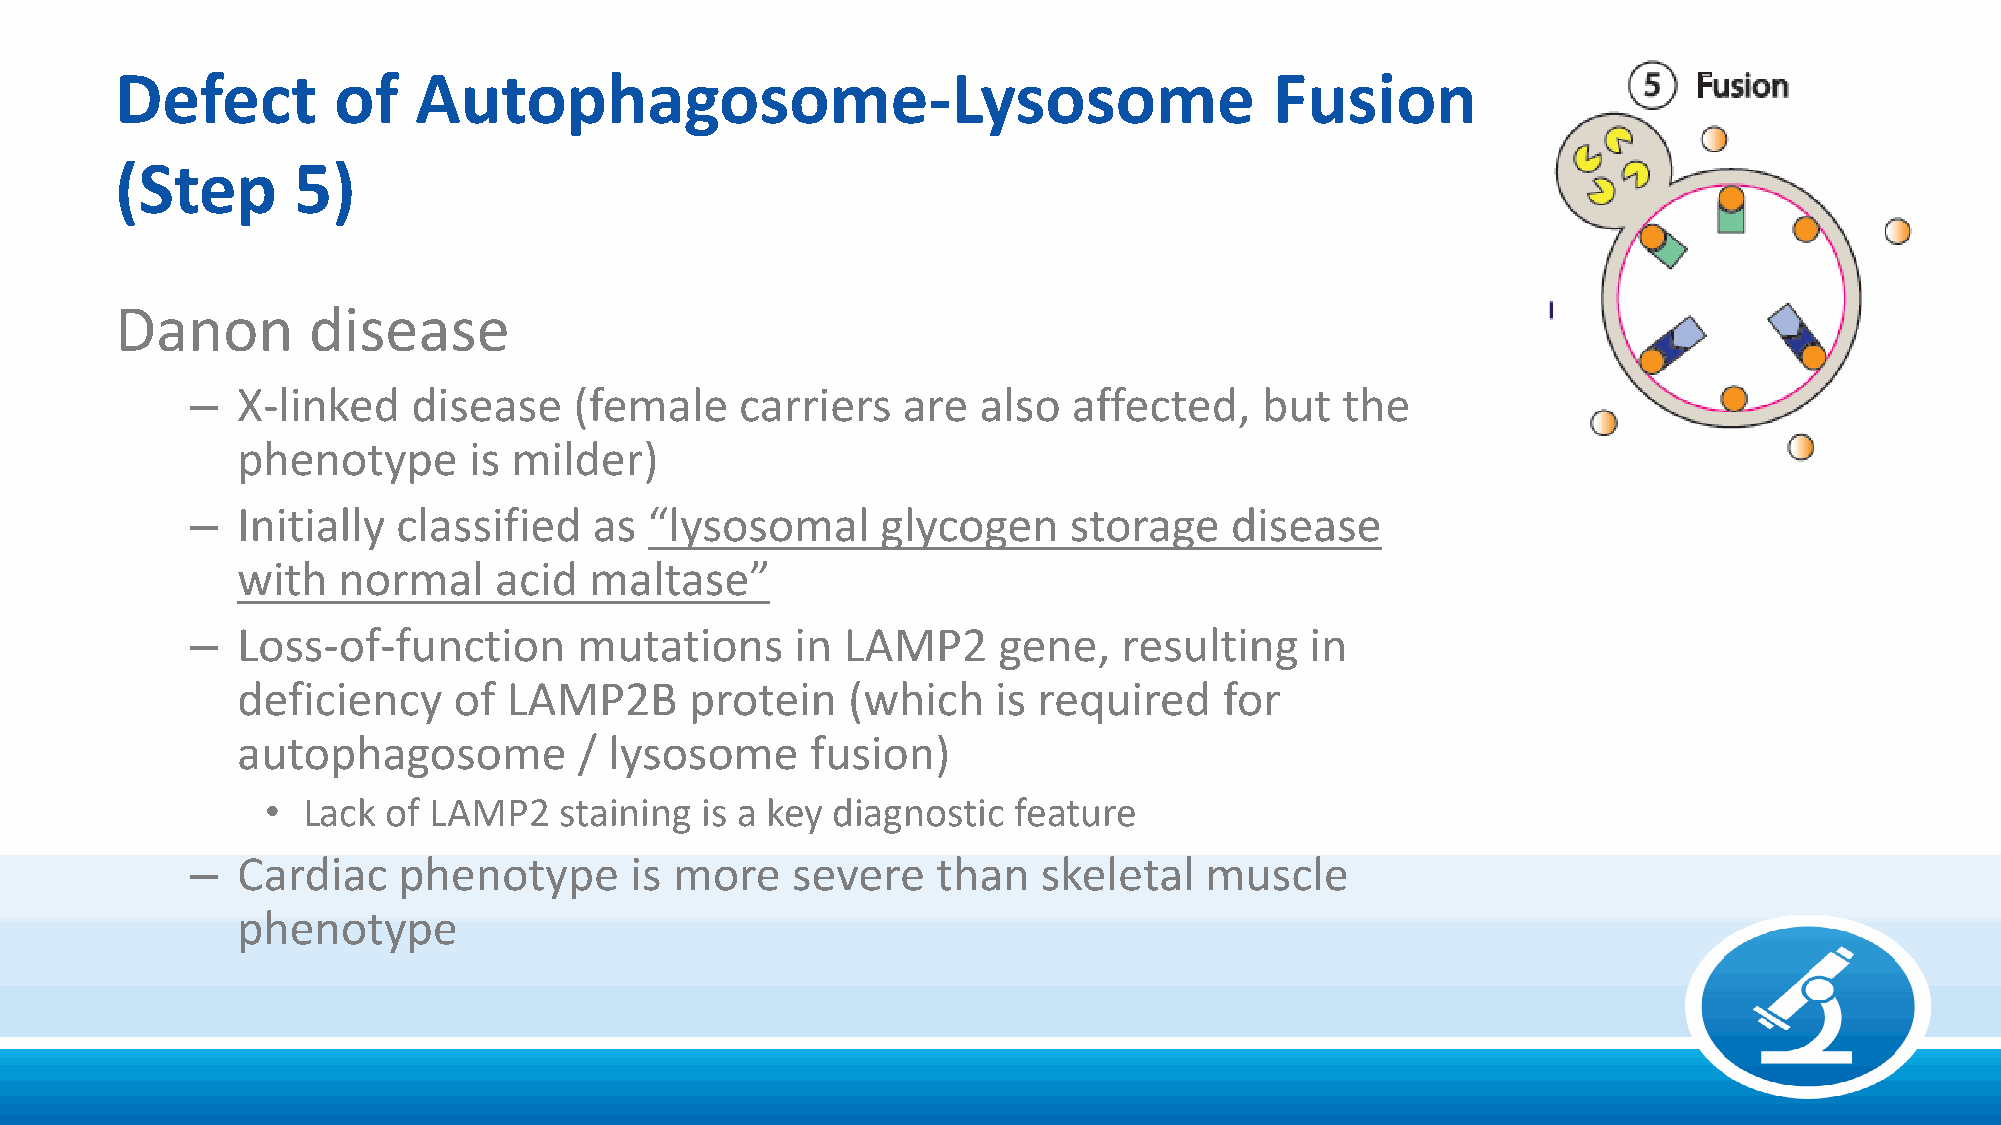
Defect        of   Autophagosome-Lysosome                                   Fusion
 (Step      5)
 Danon       disease
 –  X-linked   disease    (female    carriers   are  also  affected,    but  the
 phenotype      is milder)
 –  Initially classified   as  “lysosomal     glycogen     storage   disease
 with  normal     acid  maltase”
 –  Loss-of-function      mutations      in LAMP2     gene,   resulting    in
 deficiency    of  LAMP2B      protein   (which    is required    for
 autophagosome         / lysosome      fusion)
 • Lack  of LAMP2   staining is a key diagnostic  feature
 –  Cardiac   phenotype       is more   severe    than   skeletal   muscle
 phenotype